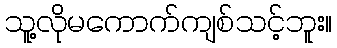
သူ့လိုမကောက်ကျစ်သင့်ဘူး။